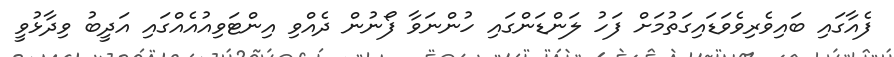
ފެއާގައި ބައިވެރިވެވަޑައިގަތުމަށް ފަހު ލަންޑަންގައި ހުންނަވާ ފޯނުން ދެއްވި އިންޓަވިއުއެއްގައި އަދީބު ވިދާޅުވީ